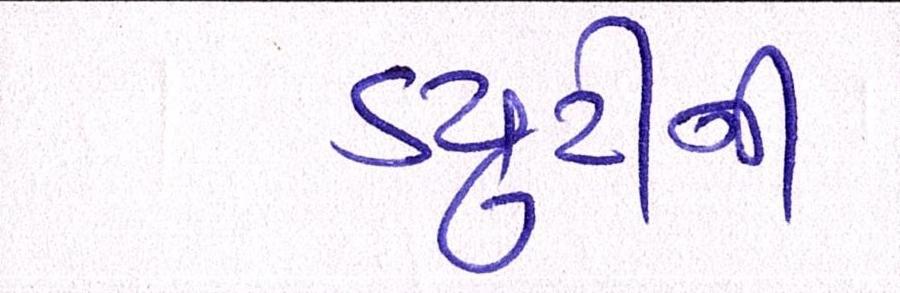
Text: ડયુટીની